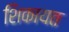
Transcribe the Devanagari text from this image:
शिकायत